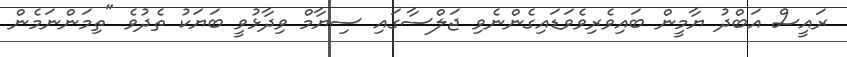
ރައީސް އަބްދު ޔާމީން ބައިވެރިވެވަޑައިގެންނެވި ޖަލްސާގައި ސިޔާމް ވިދާޅުވީ ބަޔަކު ތެދުވެ "ތިމަންނަމެން